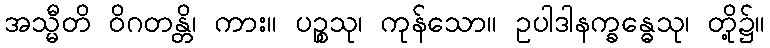
အသ္မီတိ ဝိဂတန္တိ၊ ကား။ ပဉ္စသု၊ ကုန်သော။ ဥပါဒါနက္ခန္ဓေသု၊ တို့၌။